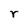
Character: r